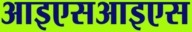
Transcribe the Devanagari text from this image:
आइएसआइएस